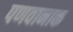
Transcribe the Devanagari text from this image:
पणवानाक